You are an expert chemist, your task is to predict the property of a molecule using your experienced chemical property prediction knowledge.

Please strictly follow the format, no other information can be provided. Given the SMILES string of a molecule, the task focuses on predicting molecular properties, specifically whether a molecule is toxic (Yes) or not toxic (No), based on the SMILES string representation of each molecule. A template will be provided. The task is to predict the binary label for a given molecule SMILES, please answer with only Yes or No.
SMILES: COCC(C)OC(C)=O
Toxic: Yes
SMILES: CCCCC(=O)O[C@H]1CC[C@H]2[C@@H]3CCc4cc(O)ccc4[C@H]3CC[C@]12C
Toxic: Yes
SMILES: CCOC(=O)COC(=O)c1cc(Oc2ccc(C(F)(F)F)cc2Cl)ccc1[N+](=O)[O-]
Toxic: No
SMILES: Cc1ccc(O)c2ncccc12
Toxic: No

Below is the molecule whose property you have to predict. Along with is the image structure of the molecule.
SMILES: CCCCCC1CCCC(=O)O1
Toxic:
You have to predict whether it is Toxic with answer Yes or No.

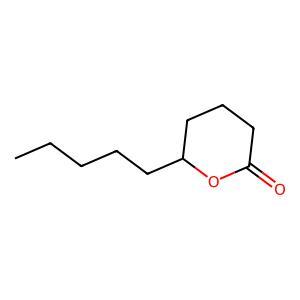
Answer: No